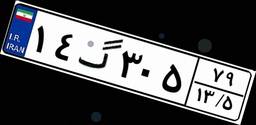
۱۴گ۳۰۵۷۹